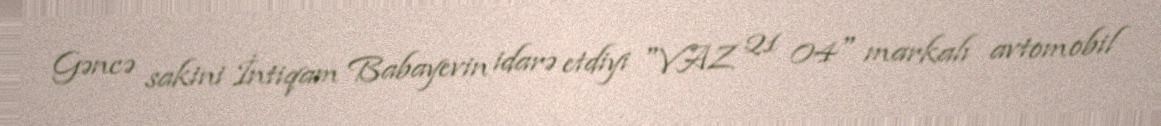
Gəncə sakini İntiqam Babayevin idarə etdiyi "VAZ 21 04" markalı avtomobil